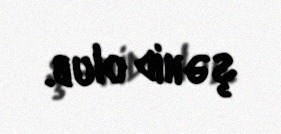
şəhid olub.